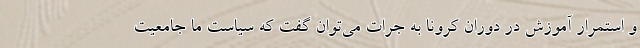
و استمرار آموزش در دوران کرونا به جرات می‌توان گفت که سیاست ما جامعیت